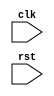
module behavioral_block (
    input wire clk,
    input wire rst,
    // other input/output signals
);

always @(posedge clk or negedge rst) begin
    if (!rst) begin
        // reset logic
    end else begin
        // non-reset logic
    end
end

endmodule